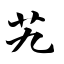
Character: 艽